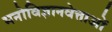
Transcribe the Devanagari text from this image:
मनोविज्ञानवेत्ताओं